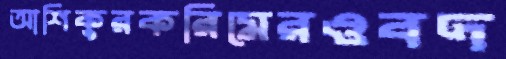
আশিকুরকরিমেরওবদ